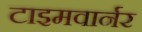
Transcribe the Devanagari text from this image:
टाइमवार्नर